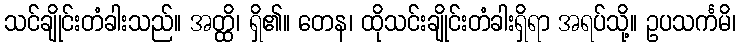
သင်ချိုင်းတံခါးသည်။ အတ္ထိ၊ ရှိ၏။ တေန၊ ထိုသင်းချိုင်းတံခါးရှိရာ အရပ်သို့။ ဥပသင်္ကမိ၊